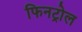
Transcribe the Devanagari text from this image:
फिनट्रोल